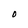
Character: O